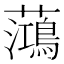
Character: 𫊓